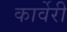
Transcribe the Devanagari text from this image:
कार्वेरी